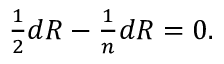
\textstyle { \frac { 1 } { 2 } } d R - { \frac { 1 } { n } } d R = 0 .